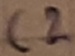
Text: C2